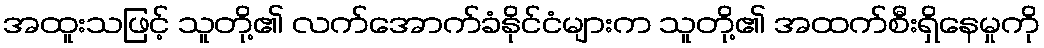
အထူးသဖြင့် သူတို့၏ လက်အောက်ခံနိုင်ငံများက သူတို့၏ အထက်စီးရှိနေမှုကို